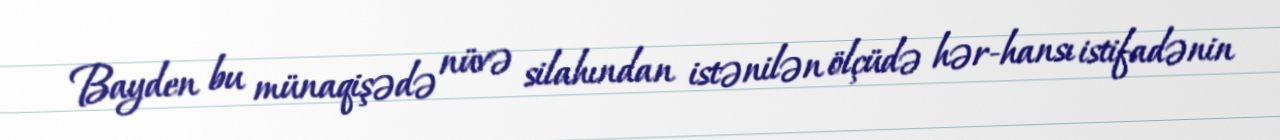
Bayden bu münaqişədə nüvə silahından istənilən ölçüdə hər-hansı istifadənin